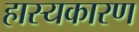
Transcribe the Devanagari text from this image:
हास्यकारण